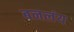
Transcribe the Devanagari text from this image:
बनलंय